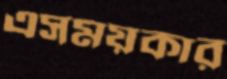
এসময়কার